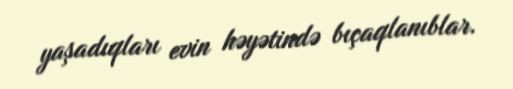
yaşadıqları evin həyətində bıçaqlanıblar.